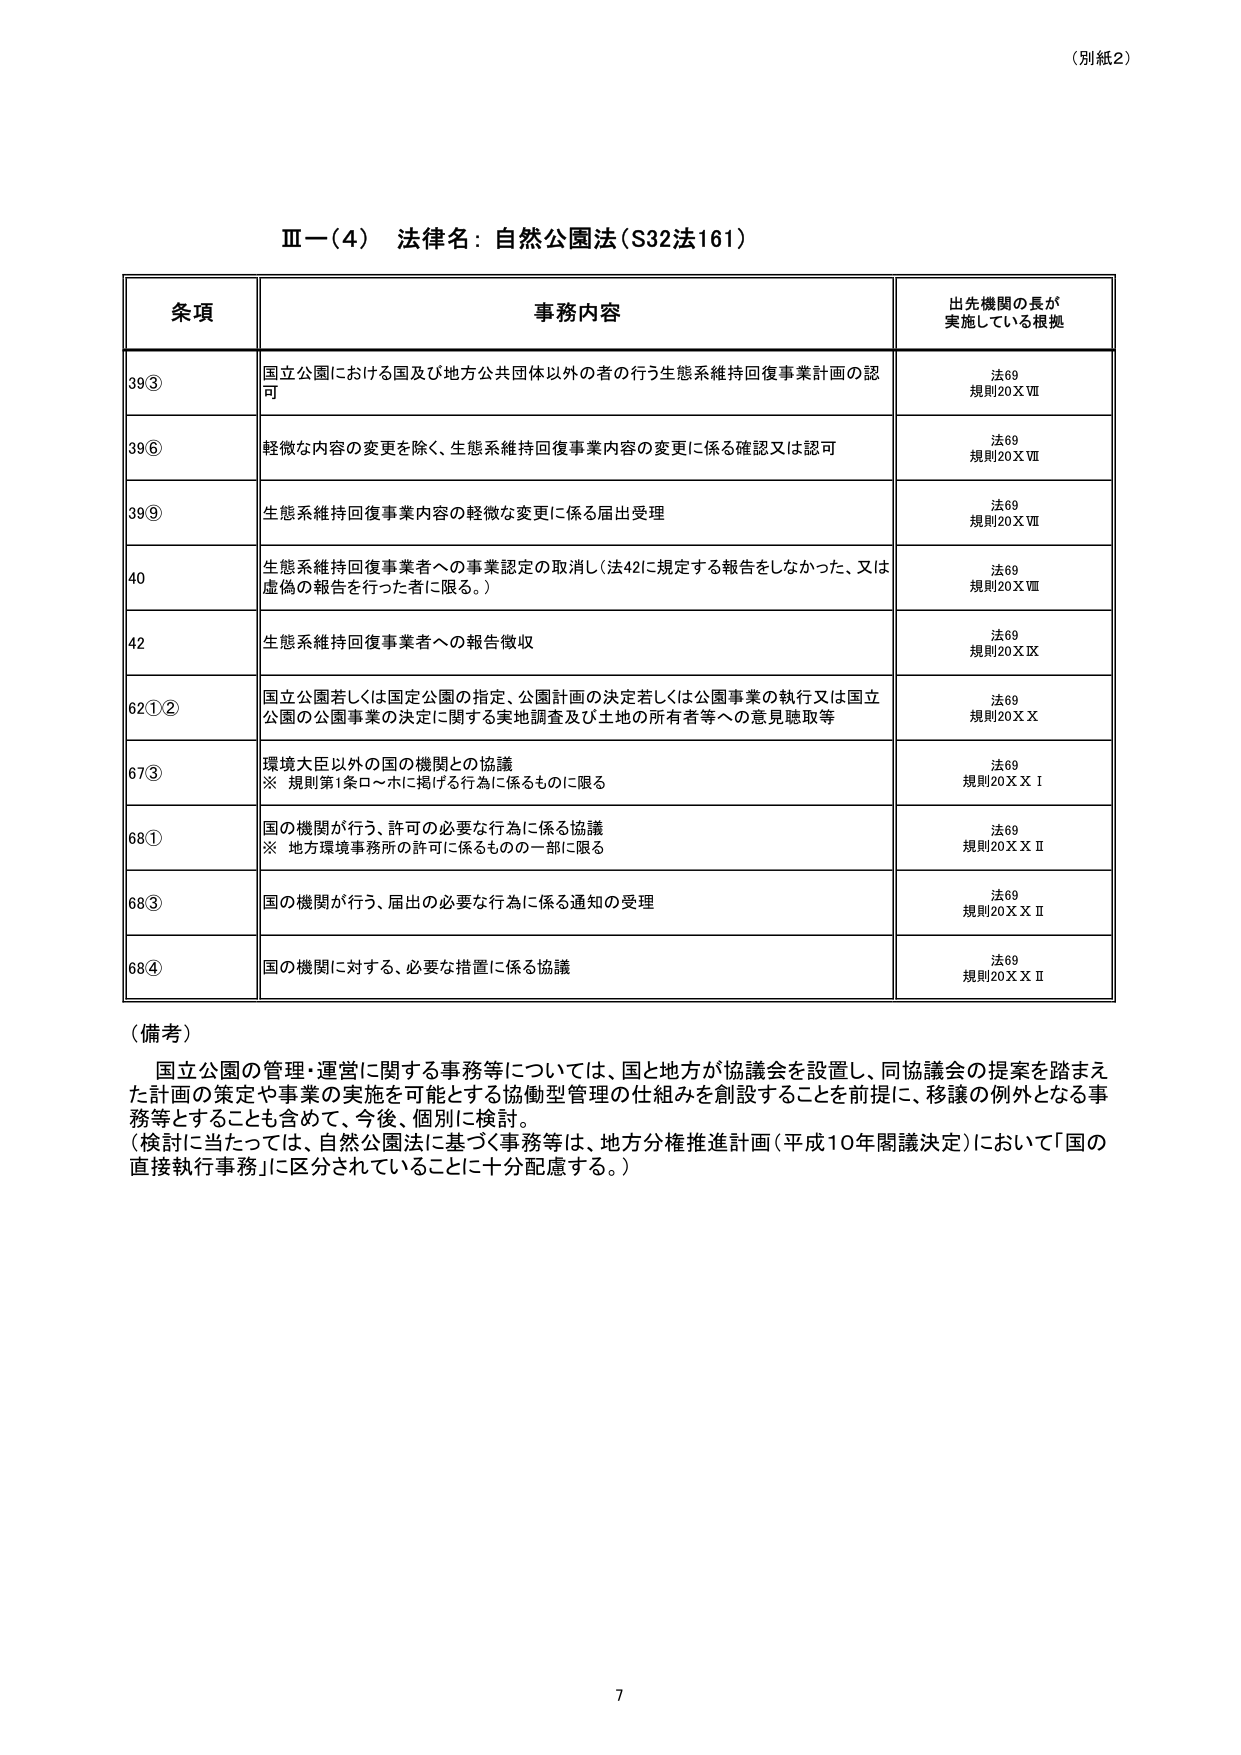
（別紙2）

Ⅲ－（4） 法律名：自然公園法（S32法161）

条項 事務内容 出先機関の長が 実施している根拠

39③ 国立公園における国及び地方公共団体以外の者の行う生態系維持回復事業計画の認可 法69 規則20ⅩⅦ

39⑥ 軽微な内容の変更を除く、生態系維持回復事業内容の変更に係る確認又は認可 法69 規則20ⅩⅦ

39⑨ 生態系維持回復事業内容の軽微な変更に係る届出受理 法69 規則20ⅩⅦ

40 生態系維持回復事業者への事業認定の取消し（法42に規定する報告をしなかった、又は虚偽の報告を行った者に限る。） 法69 規則20ⅩⅧ

42 生態系維持回復事業者への報告徴収 法69 規則20ⅩⅨ

62①② 国立公園若しくは国立公園の指定、公園計画の決定若しくは公園事業の執行又は国立公園の公園事業の決定に関する実地調査及び土地の所有者等への意見聴取等 法69 規則20ⅩⅩ

67③ 環境大臣以外の国の機関との協議 ※ 規則第1条ロ～ホに掲げる行為に係るものに限る 法69 規則20ⅩⅩⅠ

68① 国の機関が行う、許可の必要な行為に係る協議 ※ 地方環境事務所の許可に係るもの一部に限る 法69 規則20ⅩⅩⅡ

68③ 国の機関が行う、届出の必要な行為に係る通知の受理 法69 規則20ⅩⅩⅡ

68④ 国の機関に対する、必要な措置に係る協議 法69 規則20ⅩⅩⅡ

（備考）
国立公園の管理・運営に関する事務等については、国と地方が協議会を設置し、同協議会の提案を踏まえた計画の策定や事業の実施を可能とする協働型管理の仕組みを創設することを前提に、移譲の例外となる事務等とすることも含めて、今後、個別に検討。
（検討に当たっては、自然公園法に基づく事務等は、地方分権推進計画（平成10年閣議決定）において「国の直接執行事務」に区分されていることに十分配慮する。）

7